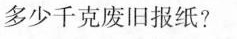
多少千克废旧报纸?